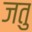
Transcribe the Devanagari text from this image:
जतु